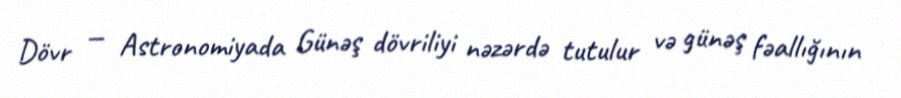
Dövr — Astronomiyada Günəş dövriliyi nəzərdə tutulur və günəş fəallığının